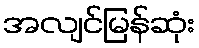
အလျင်မြန်ဆုံး